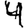
Digit: 4